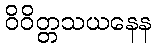
ဝိဝိတ္တသယနေန